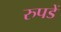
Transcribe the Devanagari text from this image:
रुपडें